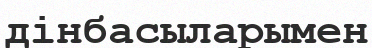
дінбасыларымен